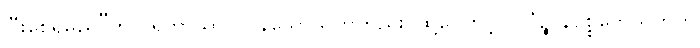
ပြီးစေရမည်”ဟု ပရိဘာသာပြုပြန်သောသုတ်တည်း၊ ထို့ကြောင့် လိင်္ဂဉ္စ နိပစ္စတေသုတ်က